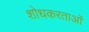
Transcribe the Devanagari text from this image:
शोधकरताओं